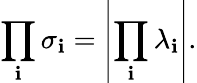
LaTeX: {\prod_{\mathbf{i}}\sigma_{\mathbf{i}}}=\left|{\prod_{\mathbf{i}}\lambda_{\mathbf{i}}}\right|.